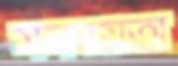
সমন্বয়তা